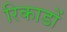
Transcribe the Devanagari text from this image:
रिकाडों